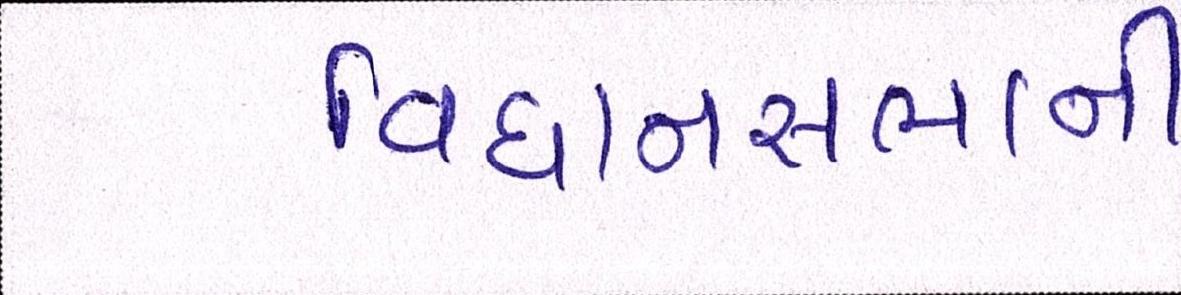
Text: વિધાનસભાની